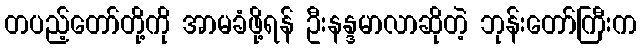
တပည့်တော်တို့ကို အာမခံဖို့ရန် ဦးနန္ဒမာလာဆိုတဲ့ ဘုန်းတော်ကြီးက